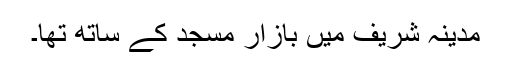
مدینہ شریف میں بازار مسجد کے ساتھ تھا۔